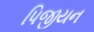
પિજીયન